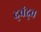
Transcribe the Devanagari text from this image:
द्‍वंद्‍व